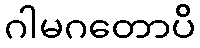
ဂါမဂတောပိ